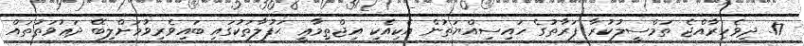
17. ދިވެހިރާއްޖެ ތަމްސީލުކުރާ ފަރާތުގެ ހައިސިއްޔަތުން އެކިއެކި އިޖްތިމާޢީ ޙަފުލާތަކުގައި ބައިވެރިވުމަށްލިބޭ ދަޢުވަތުތައް